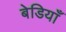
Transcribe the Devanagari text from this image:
बेडियाँ